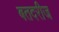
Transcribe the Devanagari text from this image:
बतदरीज